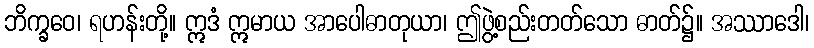
ဘိက္ခဝေ၊ ရဟန်းတို့။ ဣဒံ ဣမာယ အာပေါဓာတုယာ၊ ဤဖွဲ့စည်းတတ်သော ဓာတ်၌။ အဿာဒေါ၊